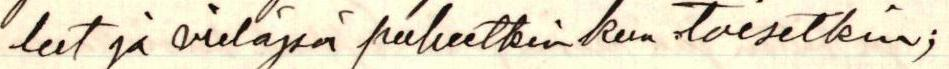
lut ja vieläpä puheetkin kun toisetkin;